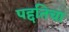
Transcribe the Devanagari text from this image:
पद्दतिचा